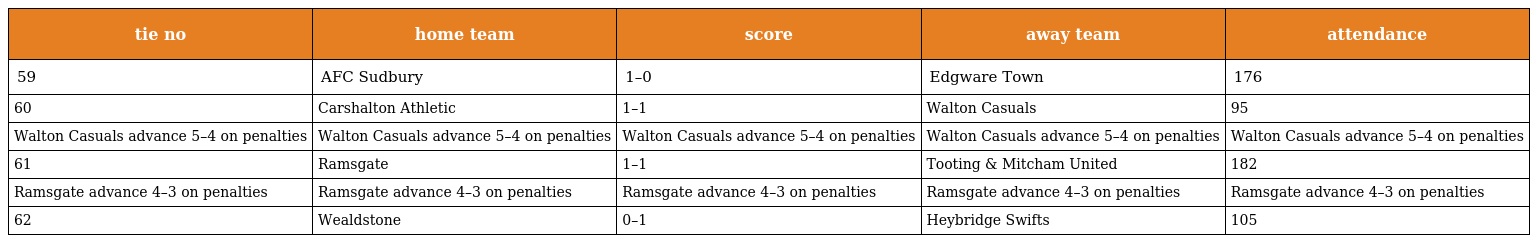
| tie no | home team | score | away team | attendance |
 | --- | --- | --- | --- | --- |
 | 59 | AFC Sudbury | 1–0 | Edgware Town | 176 |
 | 60 | Carshalton Athletic | 1–1 | Walton Casuals | 95 |
 | Walton Casuals advance 5–4 on penalties | Walton Casuals advance 5–4 on penalties | Walton Casuals advance 5–4 on penalties | Walton Casuals advance 5–4 on penalties | Walton Casuals advance 5–4 on penalties |
 | 61 | Ramsgate | 1–1 | Tooting & Mitcham United | 182 |
 | Ramsgate advance 4–3 on penalties | Ramsgate advance 4–3 on penalties | Ramsgate advance 4–3 on penalties | Ramsgate advance 4–3 on penalties | Ramsgate advance 4–3 on penalties |
 | 62 | Wealdstone | 0–1 | Heybridge Swifts | 105 |